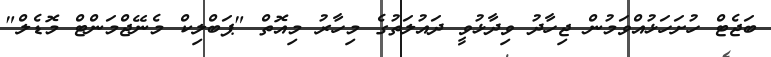
ބަޖެޓް ހުށަހަޅުއްވަމުން ޖިހާދު ވިދާޅުވީ ދައުލަތުގެ މިހާރު މިއޮތް "ޕަބްލިކް މެނޭޖްމަންޓް މޮޑެލް"